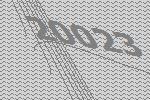
20023